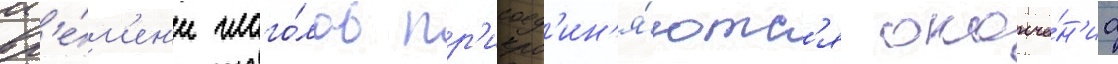
вр'е́м'ен'и глаго́лов пр'исоед'ин'я́ютс'я оконча́н'иа